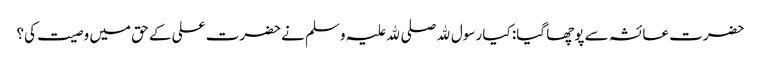
حضرت عائشہ سے پوچھا گیا: کیا رسول ﷲ صلی ﷲ علیہ وسلم نے حضرت علی کے حق میں وصیت کی؟